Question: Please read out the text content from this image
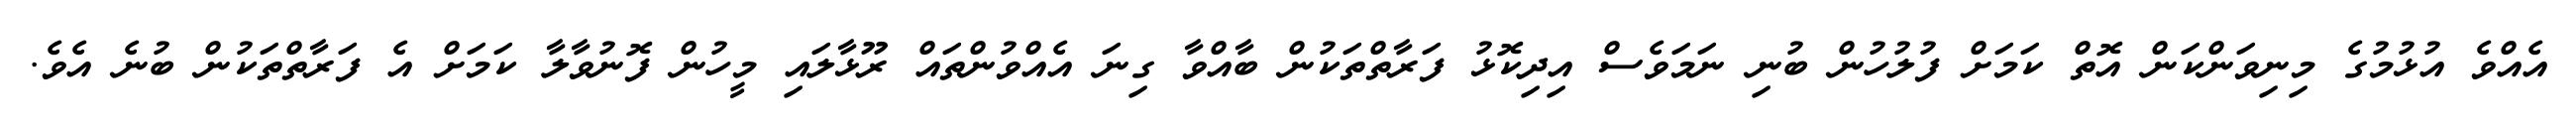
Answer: އެއްވެ އުޅުމުގެ މިނިވަންކަން އޮތް ކަމަށް ފުލުހުން ބުނި ނަމަވެސް އިދިކޮޅު ފަރާތްތަކުން ބާއްވާ ގިނަ އެއްވުންތައް ރޫޅާލައި މީހުން ފޮނުވާލާ ކަމަށް އެ ފަރާތްތަކުން ބުނެ އެވެ.